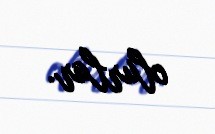
olurlar.